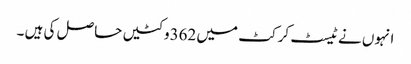
انہوں نے ٹیسٹ کرکٹ میں 362وکٹیں حاصل کی ہیں ۔